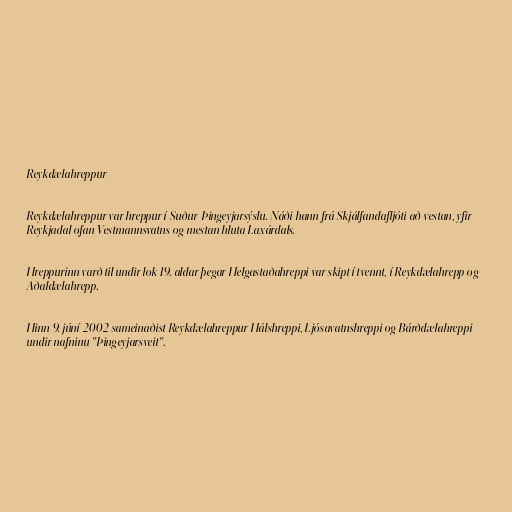
Reykdælahreppur

Reykdælahreppur var hreppur í Suður-Þingeyjarsýslu. Náði hann frá Skjálfandafljóti að vestan, yfir
Reykjadal ofan Vestmannsvatns og mestan hluta Laxárdals.

Hreppurinn varð til undir lok 19. aldar þegar Helgastaðahreppi var skipt í tvennt, í Reykdælahrepp og
Aðaldælahrepp.

Hinn 9. júní 2002 sameinaðist Reykdælahreppur Hálshreppi, Ljósavatnshreppi og Bárðdælahreppi
undir nafninu "Þingeyjarsveit".